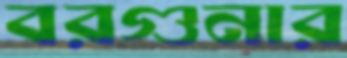
বরগুনার